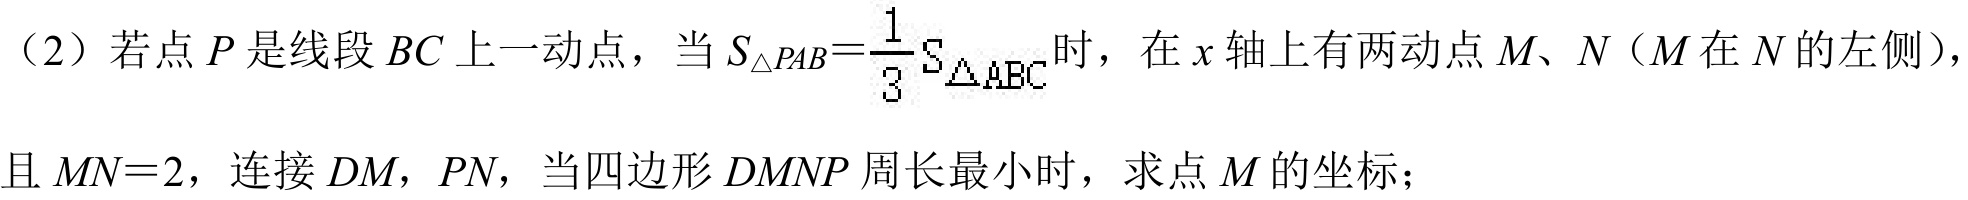
（2）若点\(P\)是线段\(BC\)上一动点，当\(S_{\triangle PAB}=\frac{1}{3}S_{\triangle ABC}\)时，在\(x\)轴上有两动点\(M、N\)（\(M\)在\(N\)的左侧），且\(MN = 2\)，连接\(DM\)，\(PN\)，当四边形\(DMNP\)周长最小时，求点\(M\)的坐标；